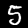
Digit: 5